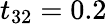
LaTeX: t_{32}=0.2